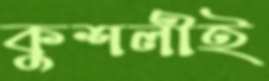
কুশলীই